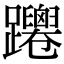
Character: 𨇴